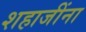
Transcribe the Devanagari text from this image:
शहाजींना